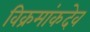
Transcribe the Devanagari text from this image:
विक्रमांकदेव